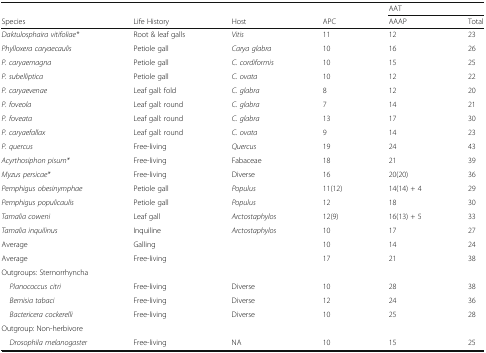
|  |  |  |  | <COLSPAN=2> AAT |
 | Species | Life History | Host | APC | AAAP | Total |
 | --- | --- | --- | --- | --- | --- |
 | Daktulosphaira vitifoliae* | Root & leaf galls | Vitis | 11 | 12 | 23 |
 | Phylloxera caryaecaulis | Petiole gall | Carya glabra | 10 | 16 | 26 |
 | P. caryaemagna | Petiole gall | C. cordiformis | 10 | 15 | 25 |
 | P. subelliptica | Petiole gall | C. ovata | 10 | 12 | 22 |
 | P. caryaevenae | Leaf gall: fold | C. glabra | 8 | 12 | 20 |
 | P. foveola | Leaf gall: round | C. glabra | 7 | 14 | 21 |
 | P. foveata | Leaf gall: round | C. glabra | 13 | 17 | 30 |
 | P. caryaefallax | Leaf gall: round | C. ovata | 9 | 14 | 23 |
 | P. quercus | Free-living | Quercus | 19 | 24 | 43 |
 | Acyrthosiphon pisum* | Free-living | Fabaceae | 18 | 21 | 39 |
 | Myzus persicae* | Free-living | Diverse | 16 | 20(20) | 36 |
 | Pemphigus obesinymphae | Petiole gall | Populus | 11(12) | 14(14) + 4 | 29 |
 | Pemphigus populicaulis | Petiole gall | Populus | 12 | 18 | 30 |
 | Tamalia coweni | Leaf gall | Arctostaphylos | 12(9) | 16(13) + 5 | 33 |
 | Tamalia inquilinus | Inquiline | Arctostaphylos | 10 | 17 | 27 |
 | Average | Galling |  | 10 | 14 | 24 |
 | Average | Free-living |  | 17 | 21 | 38 |
 | <COLSPAN=6> Outgroups: Sternorrhyncha |
 | Planococcus citri | Free-living | Diverse | 10 | 28 | 38 |
 | Bemisia tabaci | Free-living | Diverse | 12 | 24 | 36 |
 | Bactericera cockerelli | Free-living | Diverse | 10 | 25 | 28 |
 | <COLSPAN=6> Outgroup: Non-herbivore |
 | Drosophila melanogaster | Free-living | NA | 10 | 15 | 25 |